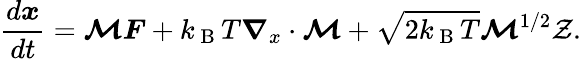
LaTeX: \frac{d\boldsymbol{x}}{dt}=\boldsymbol{\mathcal{M}}\boldsymbol{F}+k_{\mathrm{~B~}}T\boldsymbol{\nabla}_{x}\cdot\boldsymbol{\mathcal{M}}+\sqrt{2k_{\mathrm{~B~}}T}\boldsymbol{\mathcal{M}}^{1/2}\mathcal{Z}.